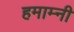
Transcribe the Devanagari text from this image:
हमाम्नी